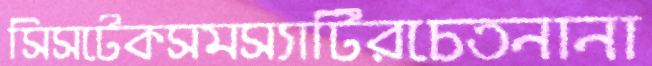
সিসটেকসমস্যাটিরচেতনানা